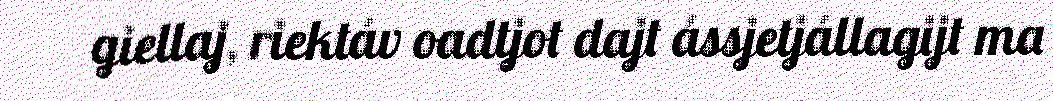
giellaj, riektáv oadtjot dajt ássjetjállagijt ma